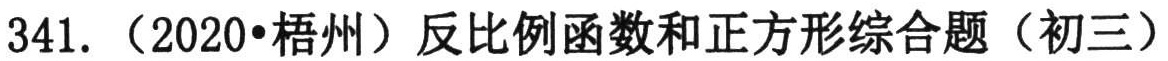
341.（2020•梧州）反比例函数和正方形综合题（初三）